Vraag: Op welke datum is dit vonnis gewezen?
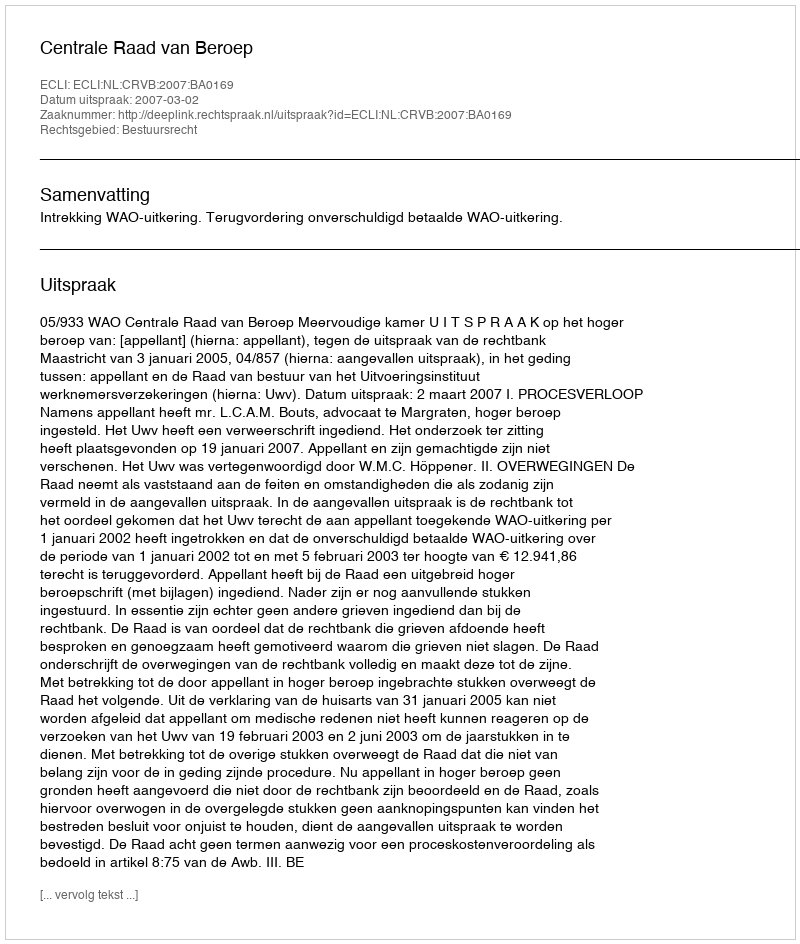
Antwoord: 2007-03-02